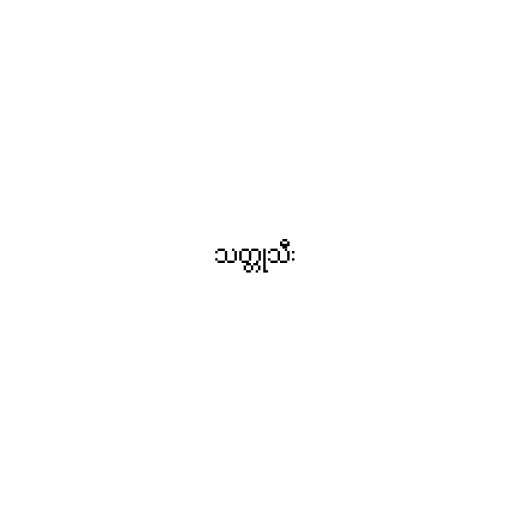
သတ္တုသီး